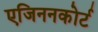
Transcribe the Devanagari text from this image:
एजिननकोर्ट